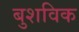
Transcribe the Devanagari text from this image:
बुशविक